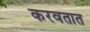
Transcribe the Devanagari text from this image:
करवतात